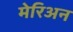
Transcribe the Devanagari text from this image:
मेरिअन